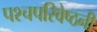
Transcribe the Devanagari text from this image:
पश्चपरिवेष्ठनी